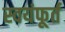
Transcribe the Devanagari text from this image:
स्वयंफूर्त